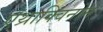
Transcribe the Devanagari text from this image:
एंथ्राक्विनोन